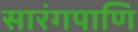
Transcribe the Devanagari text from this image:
सारंगपाणि